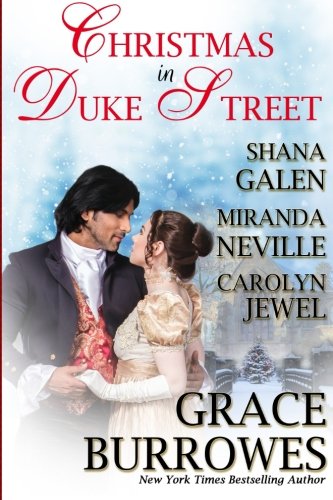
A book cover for Christmas in Duke Street: An Anthology of Holiday Historical Romances; Grace Burrowes; Romance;